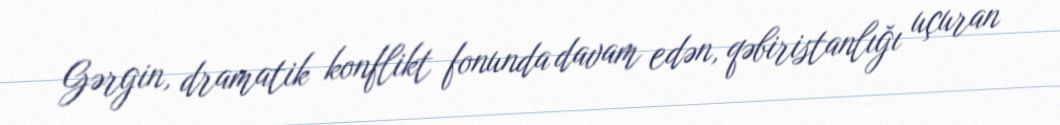
Gərgin, dramatik konflikt fonunda davam edən, qəbiristanlığı uçuran